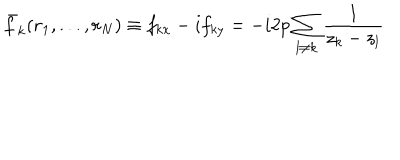
\bar { f } _ { k } ( { \bf r } _ { 1 } , . . . , { \bf r } _ { N } ) \equiv f _ { k x } - i f _ { k y } = - i 2 p \sum _ { l \neq k } \frac { 1 } { z _ { k } - z _ { l } }